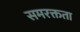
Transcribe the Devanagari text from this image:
समरक्तता